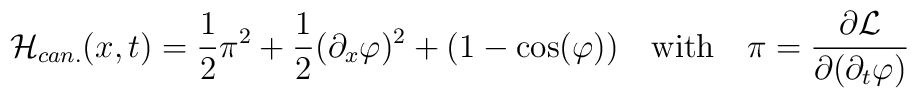
{\cal H}_{can.}(x,t)=\frac{1}{2}\pi^2+\frac{1}{2}(\partial_x\varphi)^2+(1-\cos(\varphi))\quad\mbox{with}\quad\pi=\frac{\partial{\cal L}}{\partial(\partial_t\varphi)}